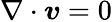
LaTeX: \nabla\cdot\boldsymbol{v}=0